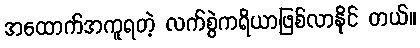
အထောက်အကူရတဲ့ လက်စွဲကရိယာဖြစ်လာနိုင် တယ်။